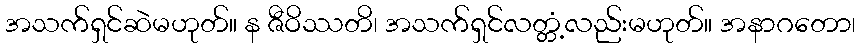
အသက်ရှင်ဆဲမဟုတ်။ န ဇီဝိဿတိ၊ အသက်ရှင်လတ္တံ့လည်းမဟုတ်။ အနာဂတော၊